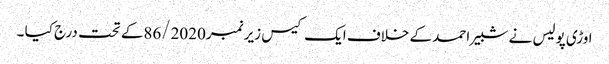
اوڑی پولیس نے شبیر احمد کے خلاف ایک کیس زیر نمبر86/2020کے تحت درج کیا ۔